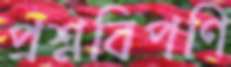
প্রশ্নবিপণি